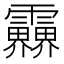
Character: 𩇁